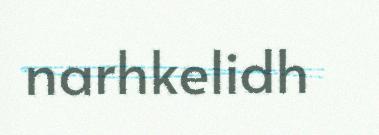
narhkelidh